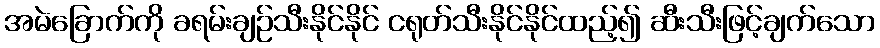
အမဲခြောက်ကို ခရမ်းချဉ်သီးနိုင်နိုင် ငရုတ်သီးနိုင်နိုင်ထည့်၍ ဆီးသီးဖြင့်ချက်သော